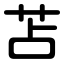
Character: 苫